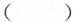
( )